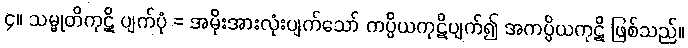
၄။ သမ္မုတိကုဋိ ပျက်ပုံ = အမိုးအားလုံးပျက်သော် ကပ္ပိယကုဋိပျက်၍ အကပ္ပိယကုဋိ ဖြစ်သည်။